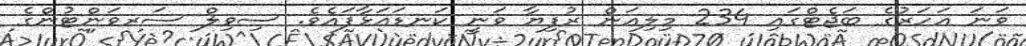
ވަނަ އަހަރުގެ ބަޖެޓްގައި 234 މިލިއަން ރުފިޔާ ވަނީ ކަނޑައަޅާފައެވެ. ސިވިލް ސަރވަންޓުންގެ